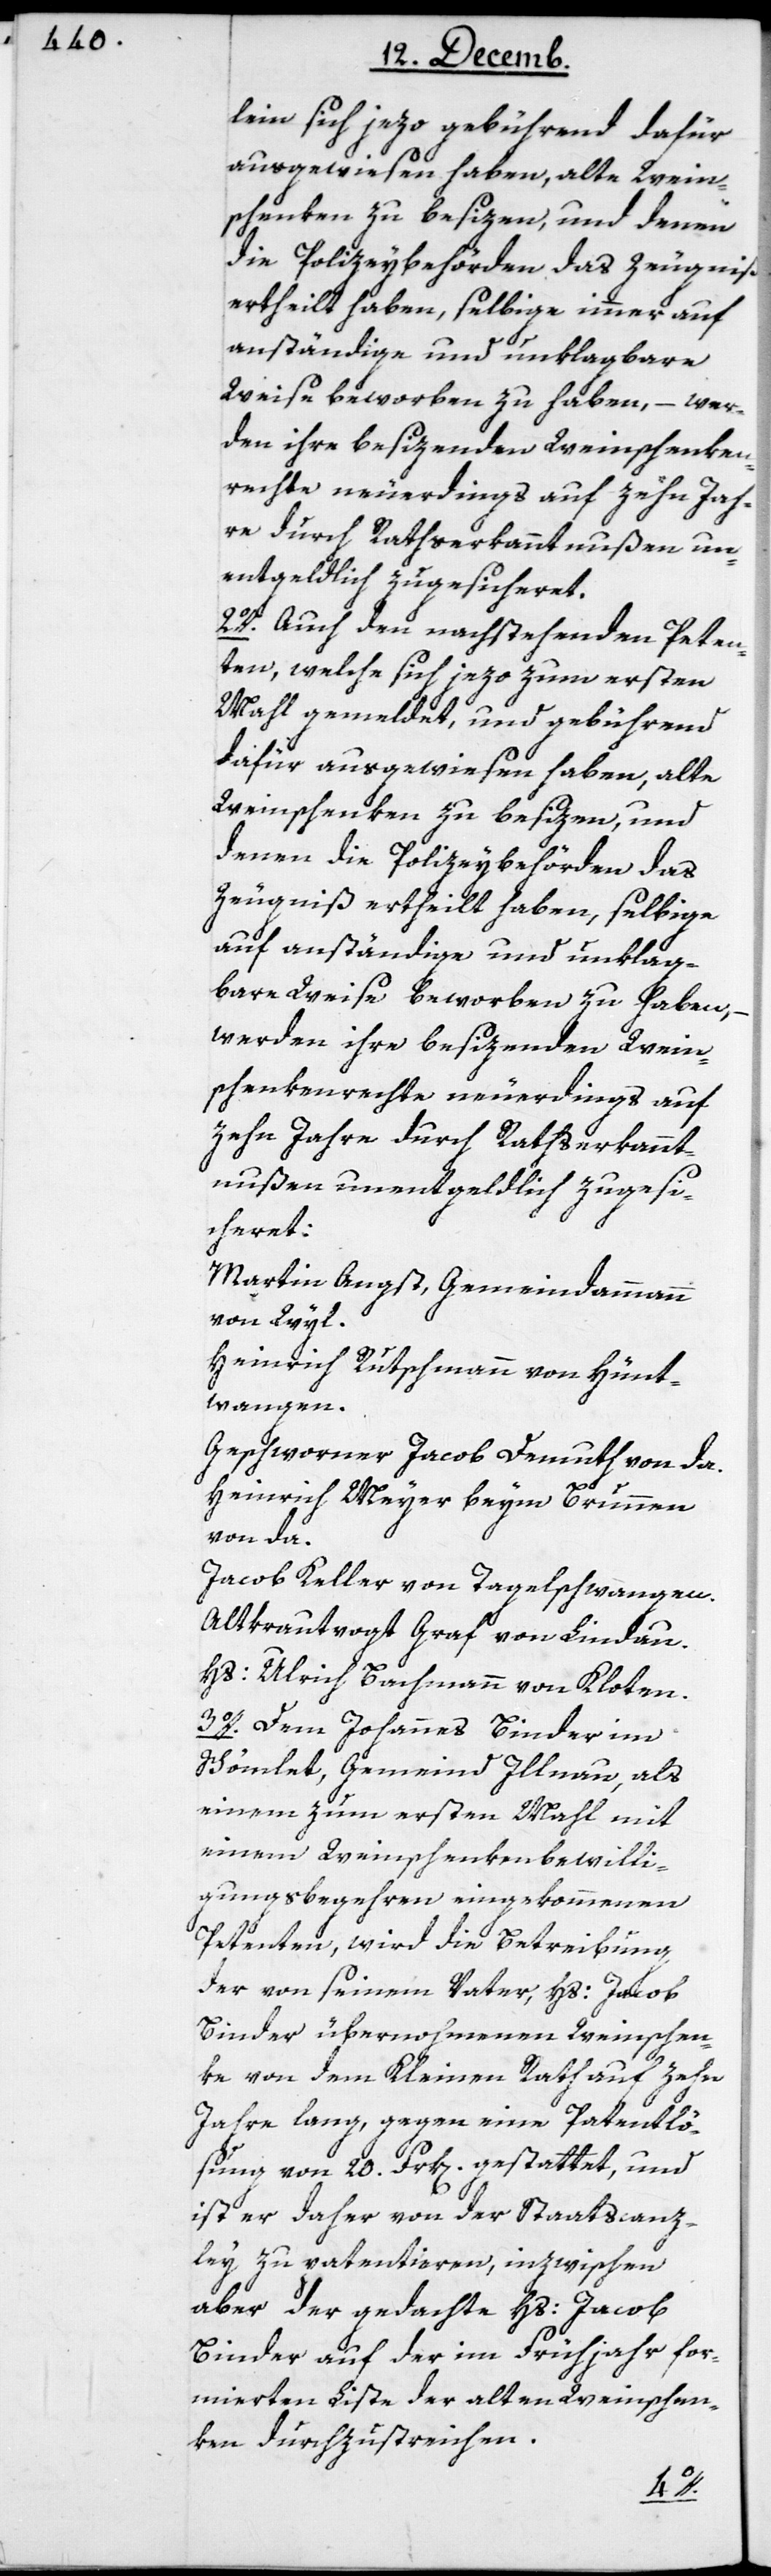
lein sich jezo gebührend dafür
ausgewiesen haben, alte Wein¬
schenken zu besizen, und denen
die Polizeybehörden das Zeugniß
ertheilt haben, selbige immer auf
anständige und unklagbare
Weise beworben zu haben, – wer¬
den ihre besizenden Weinschenken¬
rechte neuerdings auf zehn Jah¬
re durch Rathserkanntnußen un¬
entgeldlich zugesicheret.
2o. Auch den nachstehenden Peten¬
ten, welche sich jezo zum ersten
Mahl gemeldet, und gebührend
dafür ausgewiesen haben, alte
Weinschenken zu besizen, und
denen die Polizeybehörden das
Zeugniß ertheilt haben, selbige
auf anständige und unklag¬
bare Weise beworben zu haben,
werden ihre besizenden Wein¬
schenkenrechte neuerdings auf
zehn Jahre durch Rathserkannt¬
nußen unentgeldlich zugesi¬
cheret:
Martin Angst, Gemeindammann
von Wyl.
Heinrich Rutschmann von Hünt¬
wangen.
Geschworner Jacob Demuth von da.
Heinrich Meyer beym Brunnen,
von da.
Jacob Keller von Tagelschwangen.
Altkrautvogt Graf von Lindau.
Hs. Ulrich Bachmann von Kloten.
3o. Dem Johannes Binder im
Schömlet, Gemeind Illnau, als
einem zum ersten Mahl mit
einem Weinschenkenbewilli¬
gungsbegehren eingekommenen
Petenten, wird die Betreibung
der von seinem Vater, Hs. Jacob
Binder übernohmenen Weinschen¬
ke von dem Kleinen Rath auf zehn
Jahre lang, gegen eine Patentlö¬
sung von 20. Frk[en]. gestattet, und
ist er daher von der Staatscanz¬
ley zu patentieren, inzwischen
aber der gedachte Hs. Jacob
Binder auf der im Frühjahr for¬
mierten Liste der alten Weinschen¬
ken durchzustreichen.